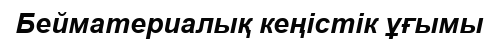
Бейматериалық кеңістік ұғымы